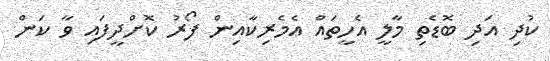
ކުދި އަދި ބޮޑެތި މާލީ އެހީތައް އެމެރިކާއިން ފޯރު ކޮށްދީފައި ވާ ކަން